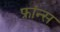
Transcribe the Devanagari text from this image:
फ्रांन्स